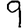
Digit: 9